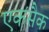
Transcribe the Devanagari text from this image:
एकसैक